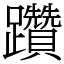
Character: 躦